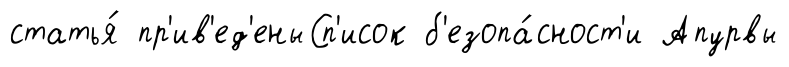
статья́ пр'ив'ед'еныСп'исок б'езопа́сност'и Апурвы